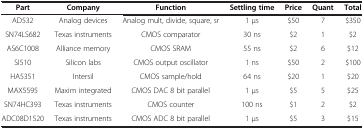
| Part | Company | Function | Settling time | Price | Quant | Total |
 | --- | --- | --- | --- | --- | --- | --- |
 | AD532 | Analog devices | Analog mult, divide, square, sr | 1 μs | $50 | 7 | $350 |
 | SN74LS682 | Texas instruments | CMOS comparator | 30 ns | $2 | 1 | $2 |
 | AS6C1008 | Alliance memory | CMOS SRAM | 55 ns | $2 | 6 | $12 |
 | SI510 | Silicon labs | CMOS output oscillator | 1 ns | $50 | 2 | $100 |
 | HA5351 | Intersil | CMOS sample/hold | 64 ns | $20 | 1 | $20 |
 | MAX5595 | Maxim integrated | CMOS DAC 8 bit parallel | 1 μs | $5 | 5 | $25 |
 | SN74HC393 | Texas instruments | CMOS counter | 100 ns | $1 | 2 | $2 |
 | ADC08D1520 | Texas instruments | CMOS ADC 8 bit parallel | 1 μs | $5 | 3 | $15 |